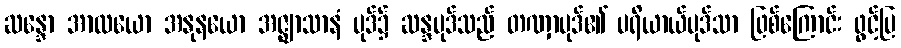
ဆန္ဒော အာလယော အနုနယော အဇ္ဈာသာနံ ပုဒ်၌ ဆန္ဒပုဒ်သည် တဏှာပုဒ်၏ ပရိယာယ်ပုဒ်သာ ဖြစ်ကြောင်း ဖွင့်ပြ